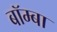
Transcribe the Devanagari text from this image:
बॉम्बा